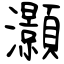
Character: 灝